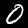
Label: 0